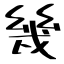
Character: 幾